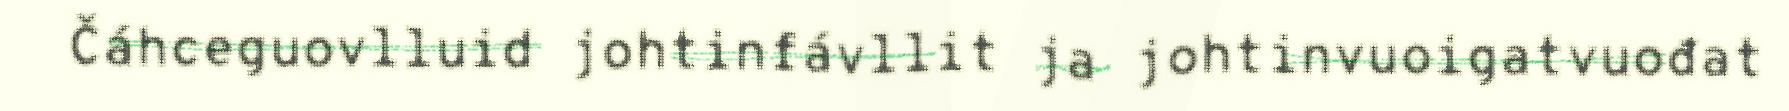
Čáhceguovlluid johtinfávllit ja johtinvuoigatvuođat